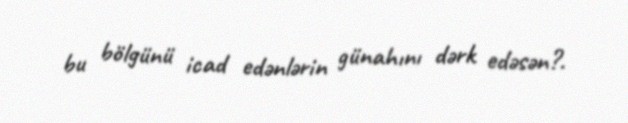
bu bölgünü icad edənlərin günahını dərk edəsən?.